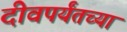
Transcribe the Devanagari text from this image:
दीवपर्यंतच्या